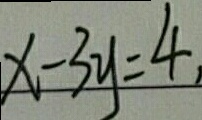
x - 3 y = 4 ,